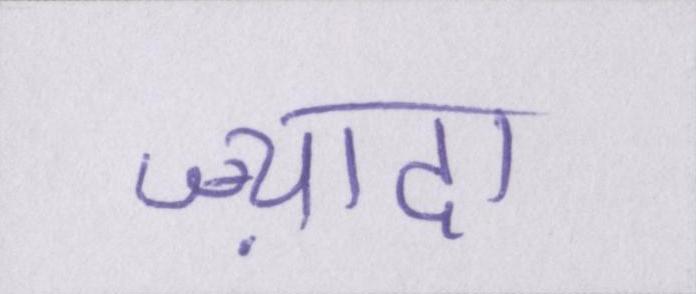
ज़्यादा